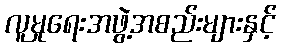
လူမှုရေးအဖွဲ့အစည်းများနှင့်